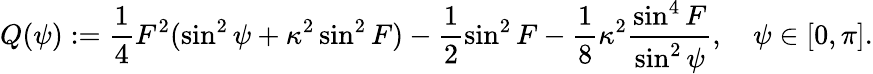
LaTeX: Q(\psi):=\frac{1}{4}F^{2}(\sin^{2}{\psi}+\kappa^{2}\sin^{2}{F})-\frac{1}{2}\sin^{2}{F}-\frac{1}{8}\kappa^{2}\frac{\sin^{4}{F}}{\sin^{2}{\psi}},\quad\psi\in[0,\pi].